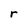
Character: r